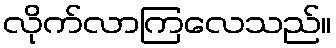
လိုက်လာကြလေသည်။